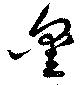
鑿